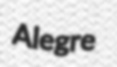
Alegre